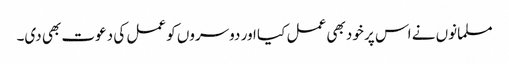
مسلمانوں نے اس پر خود بھی عمل کیا اور دوسروں کو عمل کی دعوت بھی دی۔